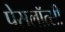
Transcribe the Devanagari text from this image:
पेसलॉत्सी